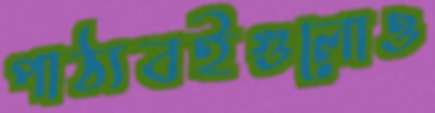
পাঠ্যবইগুলোও